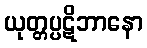
ယုတ္တပ္ပဋိဘာနော